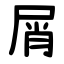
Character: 屑